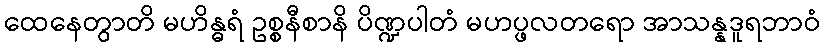
ထေနေတွာတိ မဟိန္ဓရံ ဥစ္စနီစာနိ ပိဏ္ဍပါတံ မဟပ္ဖလတရော အာသန္နဒူရဘာဝံ